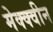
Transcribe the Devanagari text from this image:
मेक्क्वीन